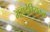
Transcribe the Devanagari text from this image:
महादेवियकक